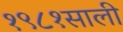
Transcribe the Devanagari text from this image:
१९८१साली